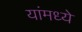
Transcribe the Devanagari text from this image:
यांमध्‍ये